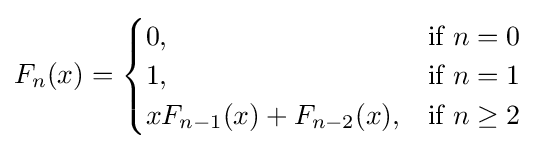
F_{n}(x)={\begin{cases}0,&{\mbox{if }}n=0\\1,&{\mbox{if }}n=1\\xF_{n-1}(x)+F_{n-2}(x),&{\mbox{if }}n\geq 2\end{cases}}